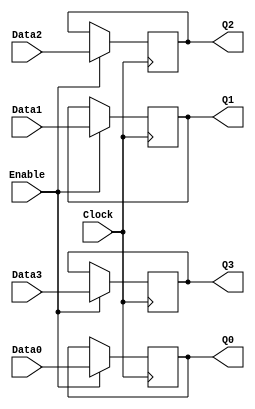
module fdce4(
	Clock, Enable,
	Data0, Data1, Data2, Data3,
	Q0, Q1, Q2, Q3
);
input Clock, Enable;
input Data0, Data1, Data2, Data3;
output reg Q0, Q1, Q2, Q3;
always @(posedge Clock)
	if (Enable)
		{Q0, Q1, Q2, Q3} <= {Data0, Data1, Data2, Data3};
endmodule